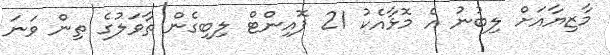
މާޒިޔާއަށް ލިބުނު އެ މޮޅާއެކު 21 ޕޮއިންޓް ލިބިގެން ތާވަލުގެ ތިން ވަނަ